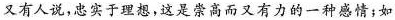
又有人说，忠实于理想，这是崇高而又有力的一种感情；如